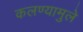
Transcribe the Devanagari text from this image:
कलण्यामुले